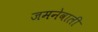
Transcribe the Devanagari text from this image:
जमनेवाली